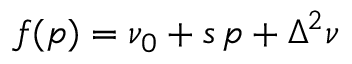
\begin{array} { r } { f ( p ) = \nu _ { 0 } + s \, p + \Delta ^ { 2 } \nu } \end{array}